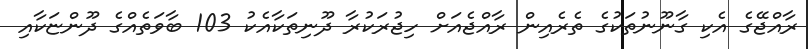
ރާއްޖޭގެ އެކި ގާނޫނުތަކުގެ ތެރެއިން ރާއްޖެއަށް ހިޖުރަކުރާ ދޫނިތަކާއެކު 103 ބާވަތެއްގެ ދޫންޏަކާއި